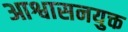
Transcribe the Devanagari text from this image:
आश्वासनयुक्त